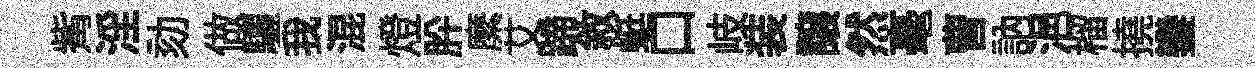
觜淫劾做驪我混燈肸縻艾蹄敘蜓口岐装譲然毫曹訥浥榴撓鑾